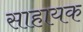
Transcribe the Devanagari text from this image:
साहायक